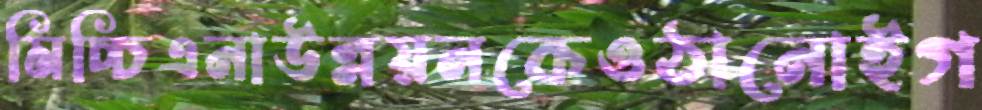
মিচ্চিএনাউন্নয়নকেওঠানোইগ